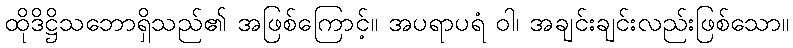
ထိုဒိဋ္ဌိသဘောရှိသည်၏ အဖြစ်ကြောင့်။ အပရာပရံ ဝါ၊ အချင်းချင်းလည်းဖြစ်သော။